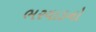
ભરવાડનો